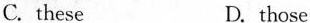
C.these D.those